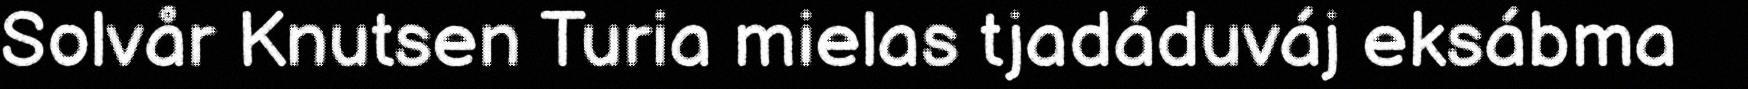
Solvår Knutsen Turia mielas tjadáduváj eksábma